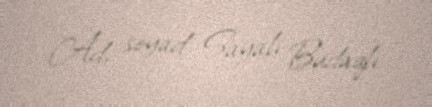
Ad, soyad Sayalı Budaqlı